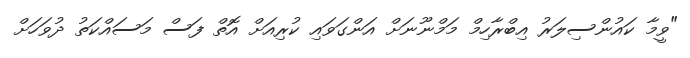
"ވީމާ ކައުންސިލަރު އިބްރާހިމް މަމްނޫނަށް އަންގަވައި ކުރިއަށް އޮތް ފަސް މަސައްކަތު ދުވަހަށް